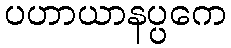
ပဟာယာနပ္ပကေ